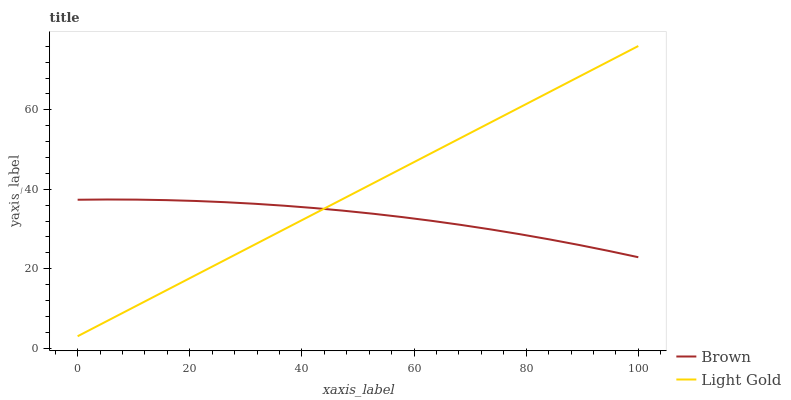
| xaxis_label | Brown | Light Gold |
 | --- | --- | --- |
 | 0 | 37.4 | 3 |
 | 5.26 | 37.4 | 6.85 |
 | 10.5 | 37.4 | 10.7 |
 | 15.8 | 37.3 | 14.5 |
 | 21.1 | 37.1 | 18.4 |
 | 26.3 | 36.8 | 22.2 |
 | 31.6 | 36.4 | 26.1 |
 | 36.8 | 35.9 | 29.9 |
 | 42.1 | 35.3 | 33.8 |
 | 47.4 | 34.6 | 37.6 |
 | 52.6 | 33.9 | 41.5 |
 | 57.9 | 33 | 45.3 |
 | 63.2 | 32.1 | 49.2 |
 | 68.4 | 31 | 53 |
 | 73.7 | 29.9 | 56.8 |
 | 78.9 | 28.7 | 60.7 |
 | 84.2 | 27.4 | 64.5 |
 | 89.5 | 26 | 68.4 |
 | 94.7 | 24.5 | 72.2 |
 | 100 | 22.9 | 76.1 |